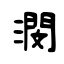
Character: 潣